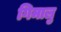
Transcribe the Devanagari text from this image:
गिमालु